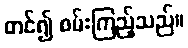
တင်၍ စမ်းကြည့်သည်။